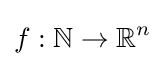
f:\mathbb {N} \rightarrow \mathbb {R} ^{n}